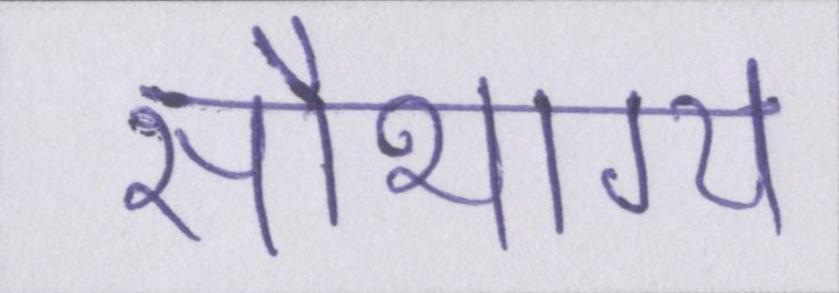
सौभाग्य